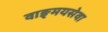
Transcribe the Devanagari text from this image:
वाङ्‌मयसेवा